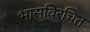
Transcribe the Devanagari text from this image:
भासविरचित